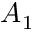
A _ { 1 }